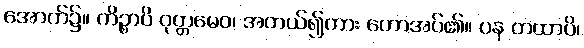
အောက်၌။ ကိဉ္စာပိ ဝုတ္တမေဝ၊ အကယ်၍ကား ဟောအပ်၏။ ပန တထာပိ၊